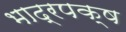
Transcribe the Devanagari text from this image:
भाद्रपक्ष